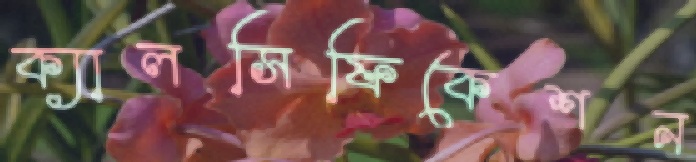
ক্যালসিফিকেশন